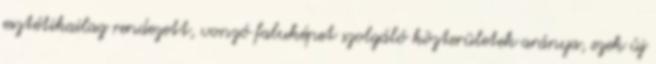
esztétikailag rendezett, vonzó faluképet szolgáló közterületek aránya, ezek új